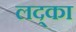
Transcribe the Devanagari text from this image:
लद्का